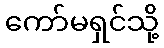
ကော်မရှင်သို့